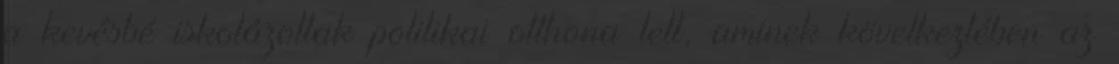
a kevésbé iskolázottak politikai otthona lett, aminek következtében az